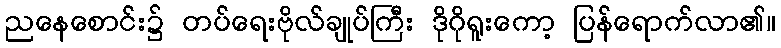
ညနေစောင်း၌ တပ်ရေးဗိုလ်ချုပ်ကြီး ဒိုဂိုရူးကော့ ပြန်ရောက်လာ၏။